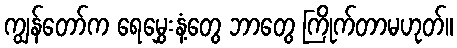
ကျွန်တော်က ရေမွှေးနံ့တွေ ဘာတွေ ကြိုက်တာမဟုတ်။